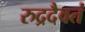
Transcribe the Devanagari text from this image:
रुद्रदैवतं